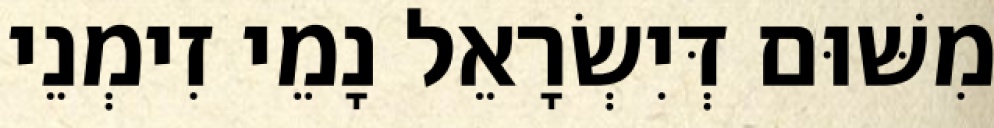
מִשּׁוּם דְּיִשְׂרָאֵל נָמֵי זִימְנֵי